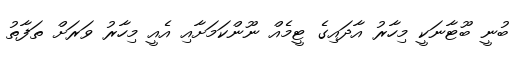
ބުނީ ބޫޓާނަކީ މިހާރު އާދައިގެ ޓީމެއް ނޫންކަމަށާއި އެއީ މިހާރު ވަރަށް ތަފާތު